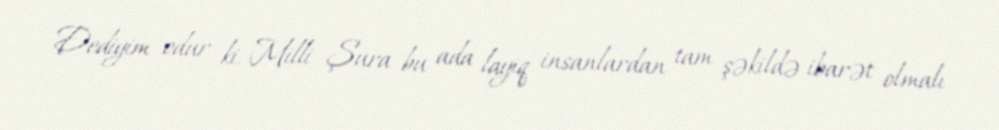
Dediyim odur ki, Milli Şura bu ada layiq insanlardan tam şəkildə ibarət olmalı